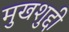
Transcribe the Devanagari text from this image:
मुखशुद्दी